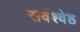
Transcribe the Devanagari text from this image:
सर्वश्वेष्ठ